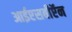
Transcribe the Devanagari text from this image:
आईएसबीऍन